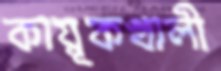
কায়ূকখালী